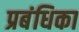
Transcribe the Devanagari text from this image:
प्रबंधिका